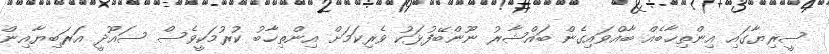
ސީރިޔާގައި އިންތިޚާބެއް ބާއްވައިގެން ބައްޝާރު ނޫންބޭފުޅަކު ވެރިކަމަށް އިންތިޚާބު ކުރުމަކީވެސް ސައޫދީ އަރަބިޔާއިން